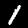
Digit: 1